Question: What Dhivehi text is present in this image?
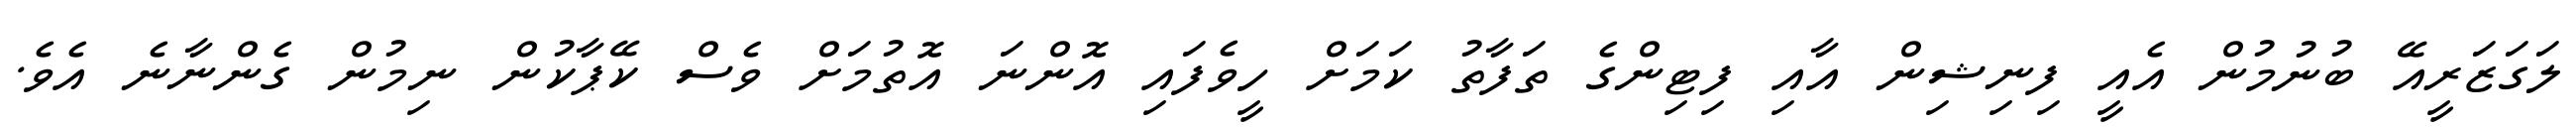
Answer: ލަގަޒަރީއޭ ބުނުމުން އެއީ ފިނިޝިން އާއި ފިޓިންގެ ތަފާތު ކަމަށް ހީވެފައި އޮންނަ އޮތުމަށް ވެސް ކޭޕާކުން ނިމުން ގެންނާނެ އެވެ.